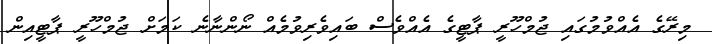
މިރޭގެ އެއްވުމުގައި ޖުމްހޫރީ ޕާޓީގެ އެއްވެސް ބައިވެރިވުމެއް ނޯންނާނެ ކަމަށް ޖުމްހޫރީ ޕާޓީއިން